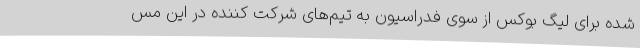
شده برای لیگ بوکس از سوی فدراسیون به تیم‌های شرکت کننده در این مس